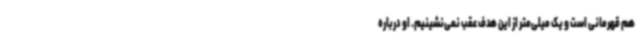
هم قهرمانی است و یک میلی‌متر از این هدف عقب نمی‌نشینیم. او درباره